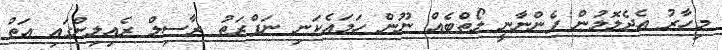
މިހާރު އެދެލޮލުން ފެންނާނީ ލޯތްބެއް ނޫން ހަމައެކަނި ނަފްރަތު ރާސިލް ރެއިލިންގައި އަތް